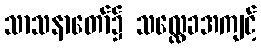
သာသနာတော်၌ သလ္လေခအကျင့်